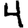
Digit: 4